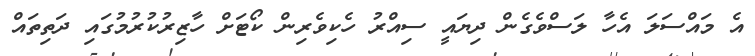
އެ މައްސަލަ އެހާ ލަސްވެގެން ދިޔައީ ސިއްރު ހެކިވެރިން ކޯޓަށް ހާޒިރުކުރުމުގައި ދަތިތައް